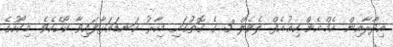
އިދާރާއިން އެމް.އެން.ކިއު.އެފް ލެވެލް 3 ގެ ގޮތުގައި މިހާރު ކަނޑައަޅާފައިވާ ކޯހެކެވެ. މިކޯހުގެ